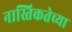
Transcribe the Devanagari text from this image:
नास्तिकतेच्या